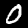
Digit: 0